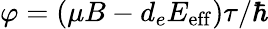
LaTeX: \varphi=\left(\mu B-d_{e}E_{\mathrm{eff}}\right)\tau/\hbar